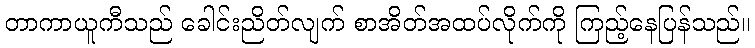
တာကာယူကီသည် ခေါင်းညိတ်လျက် စာအိတ်အထပ်လိုက်ကို ကြည့်နေပြန်သည်။